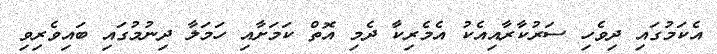
އެކަމުގައި ދިވެހި ސަރުކާރާއިއެކު އެމެރިކާ ދެމި އޮތް ކަމަށާއި ހަމަލާ ދިނުމުގައި ބައިވެރިވި